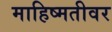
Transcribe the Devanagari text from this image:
माहिष्मतीवर